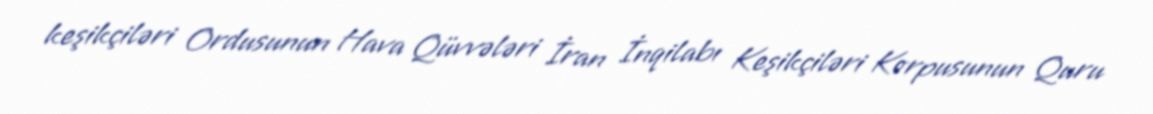
keşikçiləri Ordusunun Hava Qüvvələri İran İnqilabı Keşikçiləri Korpusunun Quru